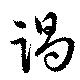
謁